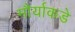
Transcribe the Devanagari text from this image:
मौर्याकडे